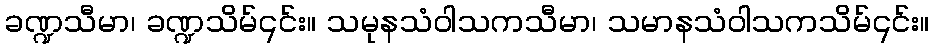
ခဏ္ဍသီမာ၊ ခဏ္ဍသိမ်၎င်း။ သမုနသံဝါသကသီမာ၊ သမာနသံဝါသကသိမ်၎င်း။